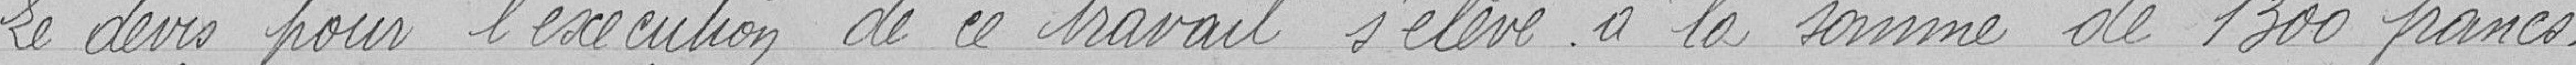
Le devis pour l'exécution de ce travail s'élève à la somme de 1 300 francs